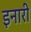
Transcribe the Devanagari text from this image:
इनारी